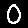
Digit: 0